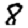
Digit: 8